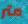
متر